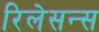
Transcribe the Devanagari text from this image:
रिलेसन्स